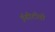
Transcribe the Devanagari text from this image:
ईडीटीवी